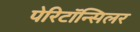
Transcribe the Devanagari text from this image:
पेरिटॉन्सिलर